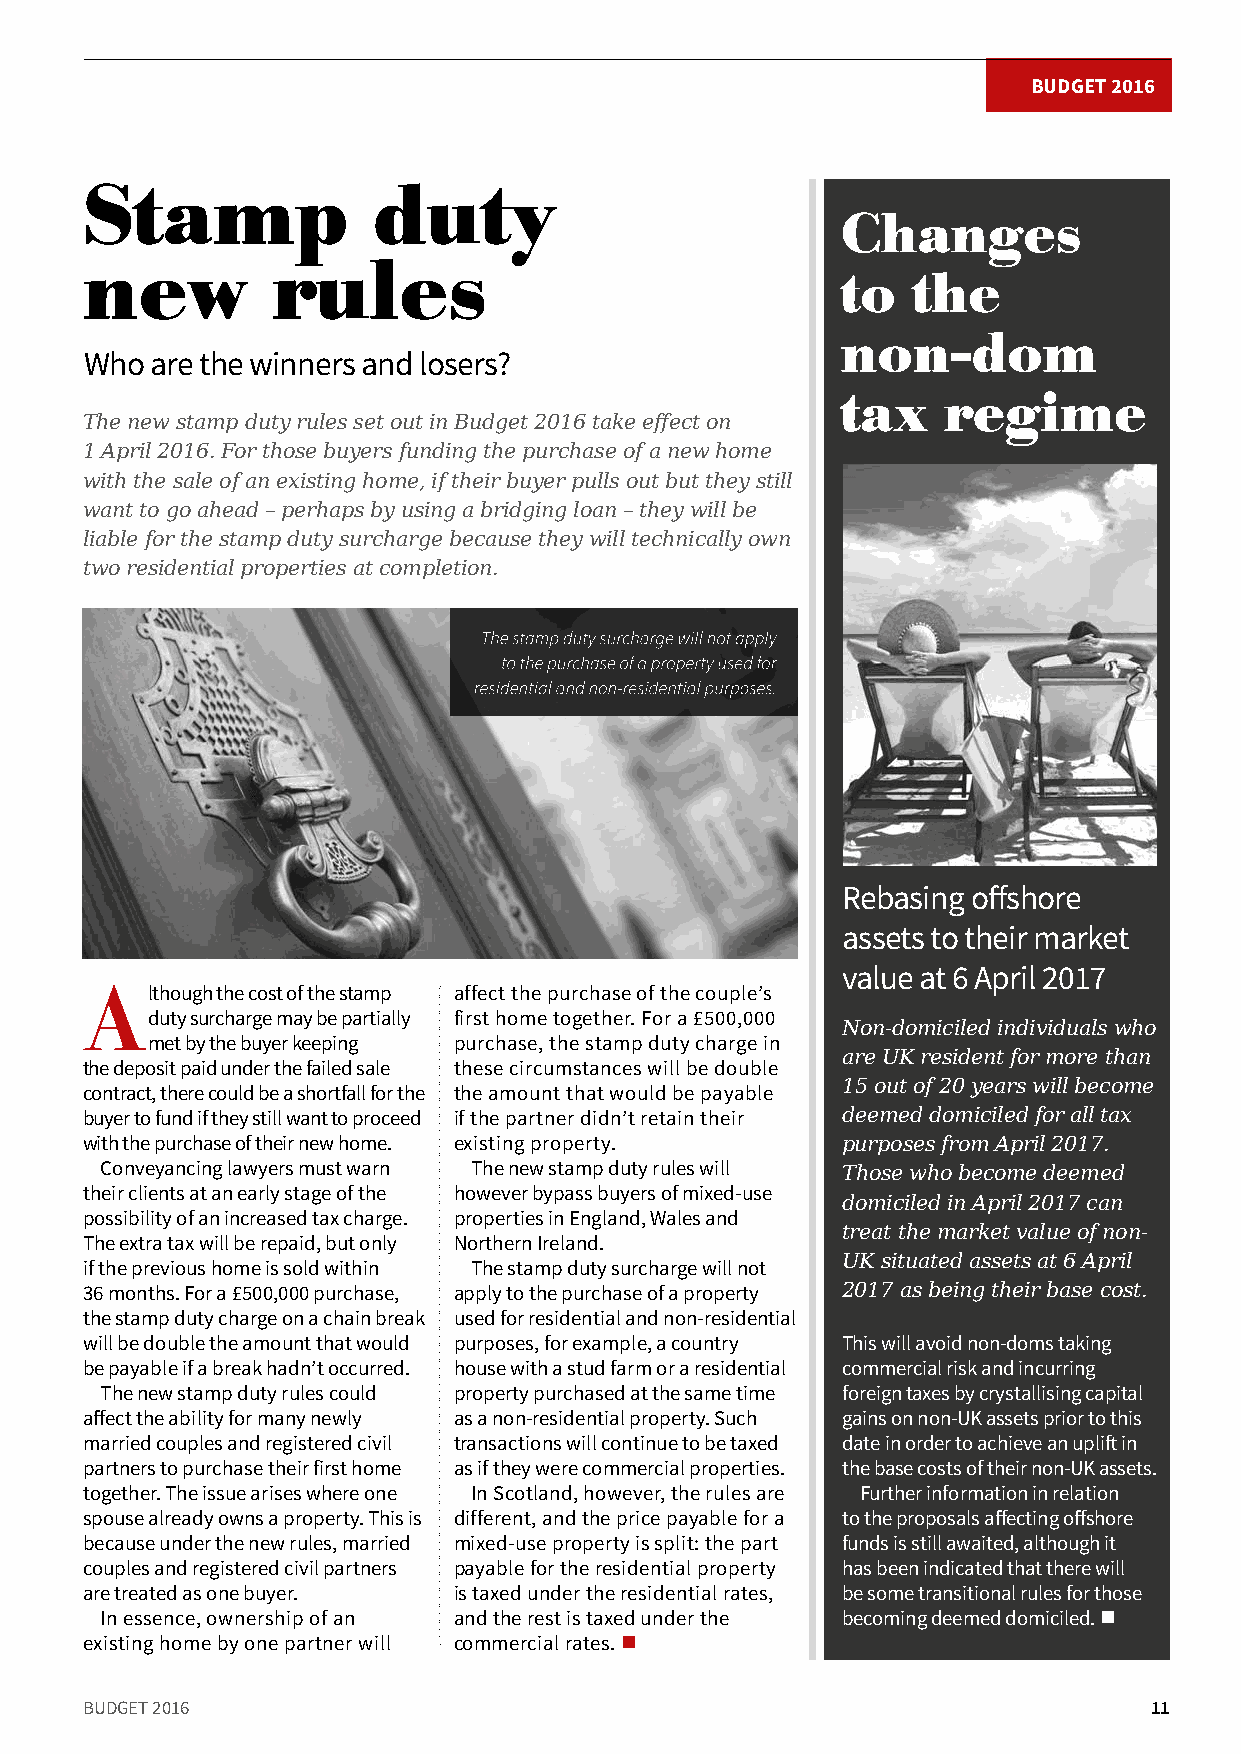
BUDGET 2016
 Stamp               duty
 Changes
 new          rules
 to  the
 non-dom
 Who are the winners and losers?
 tax   regime
 The new stamp duty rules set out in Budget 2016 take effect on
 1 April 2016. For those buyers funding the purchase of a new home
 with the sale of an existing home, if their buyer pulls out but they still
 want to go ahead – perhaps by using a bridging loan – they will be
 liable for the stamp duty surcharge because they will technically own
 two residential properties at completion.
 Rebasing offshore
 assets to their market
 value at 6 April 2017
 Although the cost of the stamp affect the purchase of the couple’s
 duty surcharge may be partially first home together. For a £500,000
 Non-domiciled individuals who
 met by the buyer keeping purchase, the stamp duty charge in
 are UK resident for more than
 the deposit paid under the failed sale these circumstances will be double
 15 out of 20 years will become
 contract, there could be a shortfall for the the amount that would be payable
 buyer to fund if they still want to proceed if the partner didn’t retain their deemed domiciled for all tax
 with the purchase of their new home. existing property. purposes from April 2017.
 Conveyancing lawyers must warn The new stamp duty rules will Those who become deemed
 their clients at an early stage of the however bypass buyers of mixed-use
 domiciled in April 2017 can
 possibility of an increased tax charge. properties in England, Wales and
 treat the market value of non-
 The extra tax will be repaid, but only Northern Ireland.
 UK situated assets at 6 April
 if the previous home is sold within The stamp duty surcharge will not
 36 months. For a £500,000 purchase, apply to the purchase of a property 2017 as being their base cost.
 the stamp duty charge on a chain break used for residential and non-residential
 will be double the amount that would purposes, for example, a country This will avoid non-doms taking
 be payable if a break hadn’t occurred. house with a stud farm or a residential commercial risk and incurring
 The new stamp duty rules could property purchased at the same time foreign taxes by crystallising capital
 affect the ability for many newly as a non-residential property. Such gains on non-UK assets prior to this
 married couples and registered civil transactions will continue to be taxed date in order to achieve an uplift in
 partners to purchase their first home as if they were commercial properties. the base costs of their non-UK assets.
 together. The issue arises where one In Scotland, however, the rules are Further information in relation
 spouse already owns a property. This is different, and the price payable for a to the proposals affecting offshore
 because under the new rules, married mixed-use property is split: the part funds is still awaited, although it
 couples and registered civil partners payable for the residential property has been indicated that there will
 are treated as one buyer. is taxed under the residential rates, be some transitional rules for those
 In essence, ownership of an and the rest is taxed under the becoming deemed domiciled. n
 existing home by one partner will commercial rates. n
 BUDGET 2016                                                            11